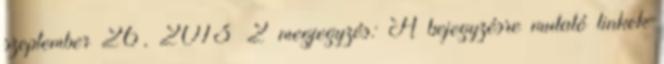
szeptember 26, 2013 2 megjegyzés: A bejegyzésre mutató linkek